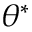
\theta ^ { * }